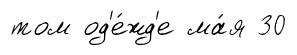
том од'е́жд'е ма́я 30